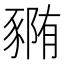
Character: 𰶭